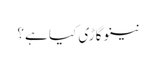
نینو گاڑی کیا ہے ؟